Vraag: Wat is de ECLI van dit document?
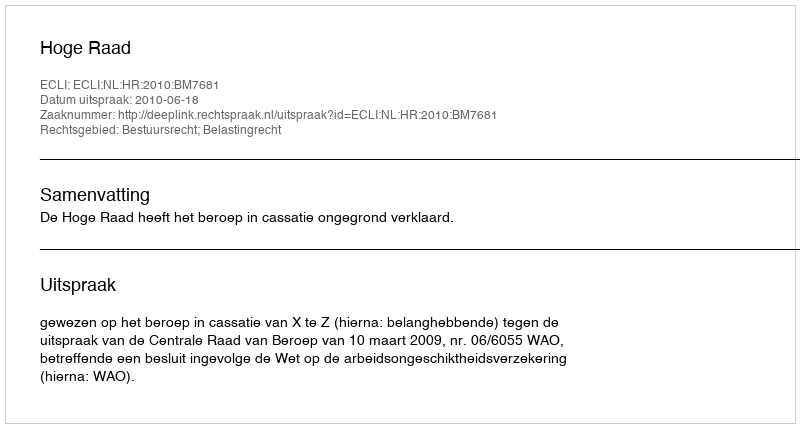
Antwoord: ECLI:NL:HR:2010:BM7681